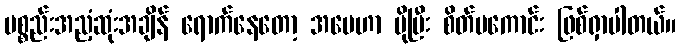
ပစ္စည်းအညံ့ဆုံးအချိန် ရောက်နေတော့ အမေဟာ ပိုပြီး စိတ်မကောင်း ဖြစ်ရှာပါတယ်။